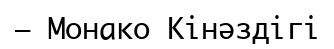
– Монако Кінәздігі